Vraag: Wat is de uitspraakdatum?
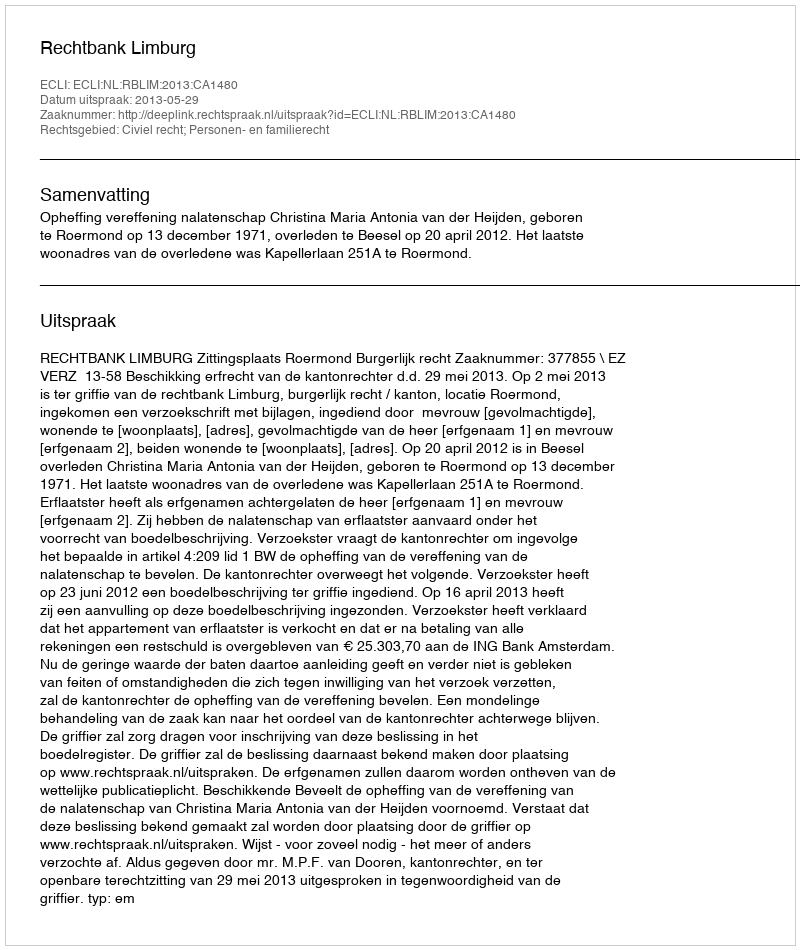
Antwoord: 2013-05-29